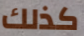
كذلك